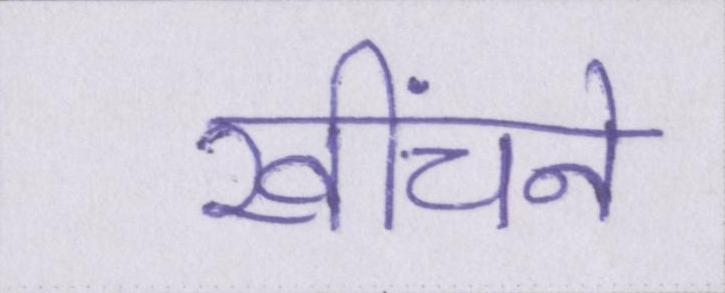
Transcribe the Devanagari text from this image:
खींचने